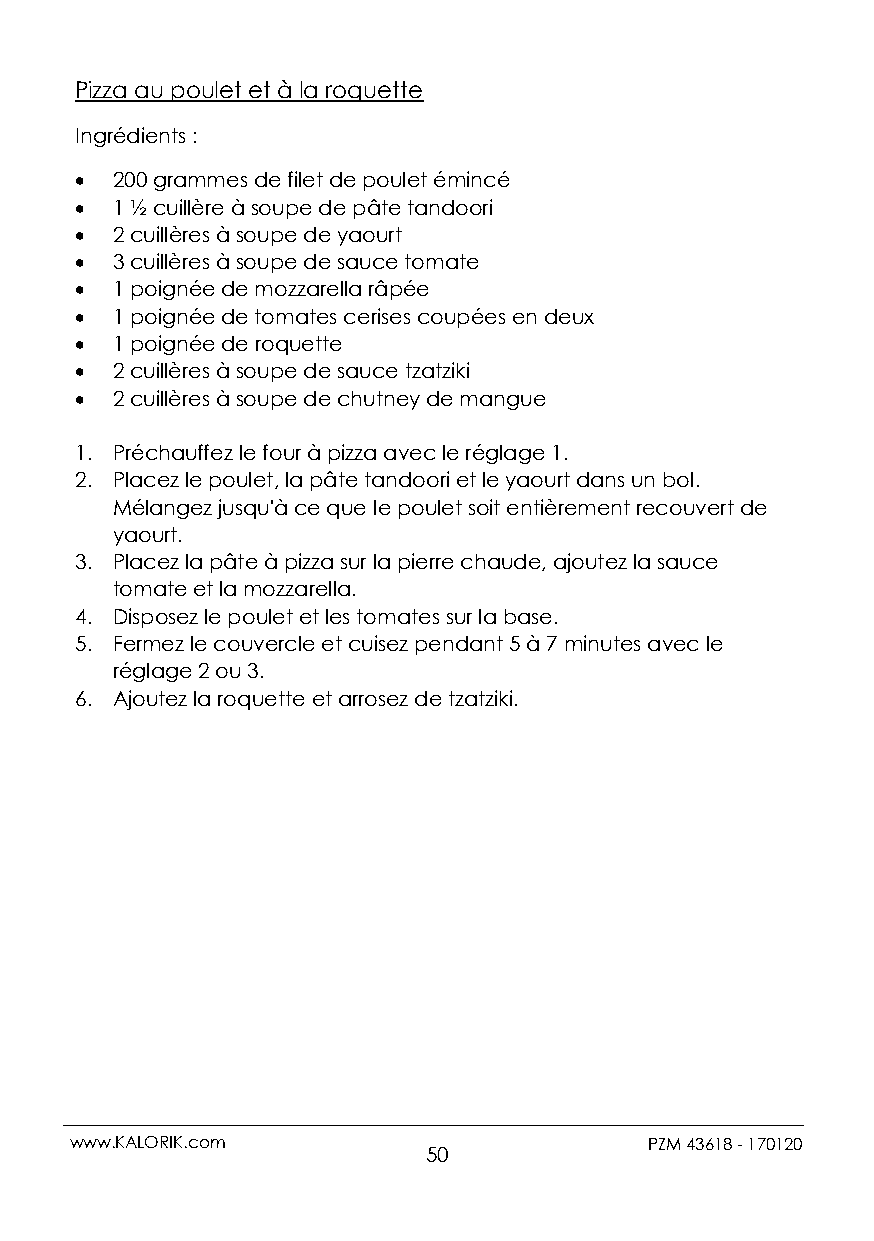
Pizza au poulet et à la roquette
 Ingrédients :
  200 grammes de filet de poulet émincé
  1 ½ cuillère à soupe de pâte tandoori
  2 cuillères à soupe de yaourt
  3 cuillères à soupe de sauce tomate
  1 poignée de mozzarella râpée
  1 poignée de tomates cerises coupées en deux
  1 poignée de roquette
  2 cuillères à soupe de sauce tzatziki
  2 cuillères à soupe de chutney de mangue
 1. Préchauffez le four à pizza avec le réglage 1.
 2. Placez le poulet, la pâte tandoori et le yaourt dans un bol.
 Mélangez jusqu'à ce que le poulet soit entièrement recouvert de
 yaourt.
 3. Placez la pâte à pizza sur la pierre chaude, ajoutez la sauce
 tomate et la mozzarella.
 4. Disposez le poulet et les tomates sur la base.
 5. Fermez le couvercle et cuisez pendant 5 à 7 minutes avec le
 réglage 2 ou 3.
 6. Ajoutez la roquette et arrosez de tzatziki.
 www.KALORIK.com                       PZM 43618 - 170120
 50